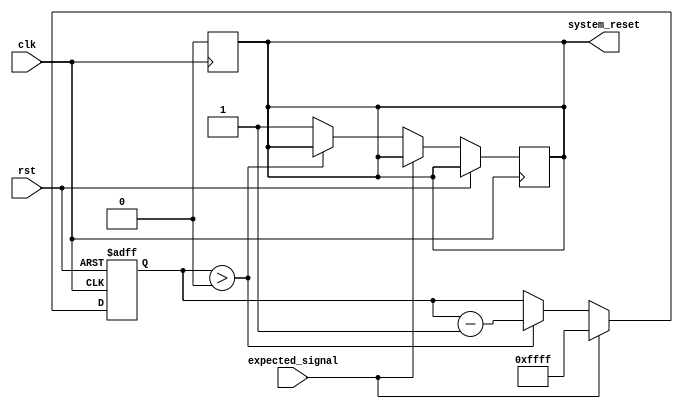
module Watchdog_timer (
  input clk,
  input rst,
  input expected_signal,
  output reg system_reset
);

reg [15:0] counter;

always @ (posedge clk or posedge rst) begin
  if(rst)
    counter <= 16'hFFFF;
  else if(expected_signal)
    counter <= 16'hFFFF;
  else if(counter > 0)
    counter <= counter - 1;
  else
    system_reset <= 1;
end

always @ (posedge clk) begin
  system_reset <= 0;
end

endmodule